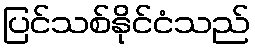
ပြင်သစ်နိုင်ငံသည်